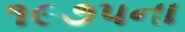
૧૯૭૫ના